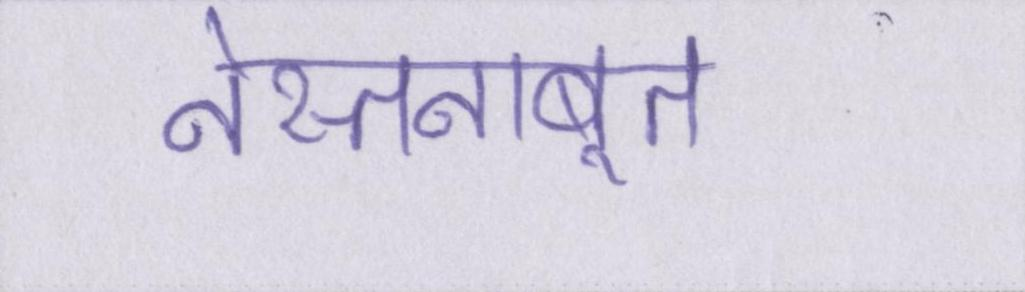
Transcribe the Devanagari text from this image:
नेस्तनाबूत